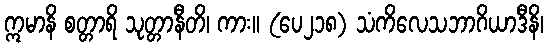
ဣမာနိ စတ္တာရိ သုတ္တာနီတိ၊ ကား။ (ပေ၂၁၈) သံကိလေသဘာဂိယာဒီနိ၊